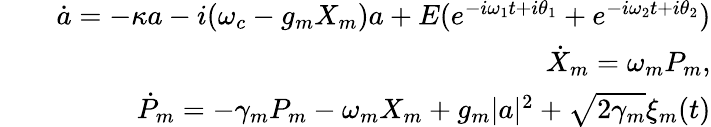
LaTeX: \begin{array}{rlr}&{}&{\dot{a}=-\kappa a-i(\omega_{c}-g_{m}X_{m})a+E(e^{-i\omega_{1}t+i\theta_{1}}+e^{-i\omega_{2}t+i\theta_{2}})}\\ &{}&{\dot{X}_{m}=\omega_{m}P_{m},}\\ &{}&{\dot{P}_{m}=-\gamma_{m}P_{m}-\omega_{m}X_{m}+g_{m}|a|^{2}+\sqrt{2\gamma_{m}}\xi_{m}(t)}\end{array}